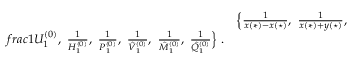
\begin{array} { r l } & { \Big \{ \frac { 1 } { x ( * ) - x ( \star ) } , \ \frac { 1 } { x ( * ) + y ( \star ) } , } \\ { f r a c { 1 } { U _ { 1 } ^ { ( 0 ) } } , \ \frac { 1 } { H _ { 1 } ^ { ( 0 ) } } , \ \frac { 1 } { P _ { 1 } ^ { ( 0 ) } } , \ \frac { 1 } { \hat { V } _ { 1 } ^ { ( 0 ) } } , \ \frac { 1 } { \hat { M } _ { 1 } ^ { ( 0 ) } } , \ \frac { 1 } { \hat { Q } _ { 1 } ^ { ( 0 ) } } \Big \} \; . } \end{array}